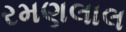
રમણલાલ